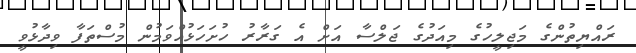
ރައްޔިތުންގެ މަޖިލީހުގެ މިއަދުގެ ޖަލްސާ އަށް އެ ގަރާރު ހުށަހަޅުއްވަމުން މުސްތަފާ ވިދާޅުވީ